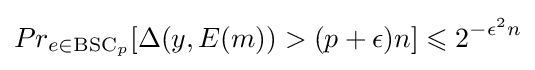
Pr_{e\in {\text{BSC}}_{p}}[\Delta (y,E(m))>(p+\epsilon )n]\leqslant 2^{-{\epsilon ^{2}}n}